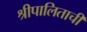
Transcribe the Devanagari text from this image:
श्रीपालिताची